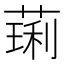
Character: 𫉋